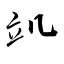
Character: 竌